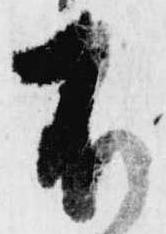
不